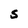
Character: S